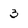
Character: 3